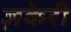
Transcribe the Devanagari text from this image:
ज़केरी